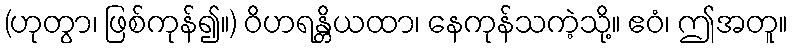
(ဟုတွာ၊ ဖြစ်ကုန်၍။) ဝိဟရန္တိယထာ၊ နေကုန်သကဲ့သို့။ ဧဝံ၊ ဤအတူ။